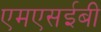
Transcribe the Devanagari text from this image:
एमएसईबी